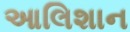
આલિશાન